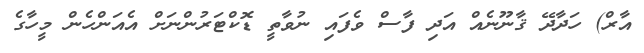
އާރް) ހަދާދޭ ޤާނޫނެއް އަދި ފާސް ވެފައި ނުވާތީ ޑޮކްޓަރުންނަށް އެއަންހެން މީހާގެ